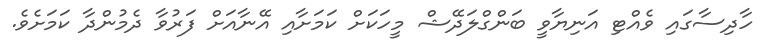
ހާދިސާގައި ވެއްޓި އަނިޔާވީ ބަންގްލަދޭޝް މީހަކަށް ކަމަށާއި އޭނާއަށް ފަރުވާ ދެމުންދާ ކަމަށެވެ.